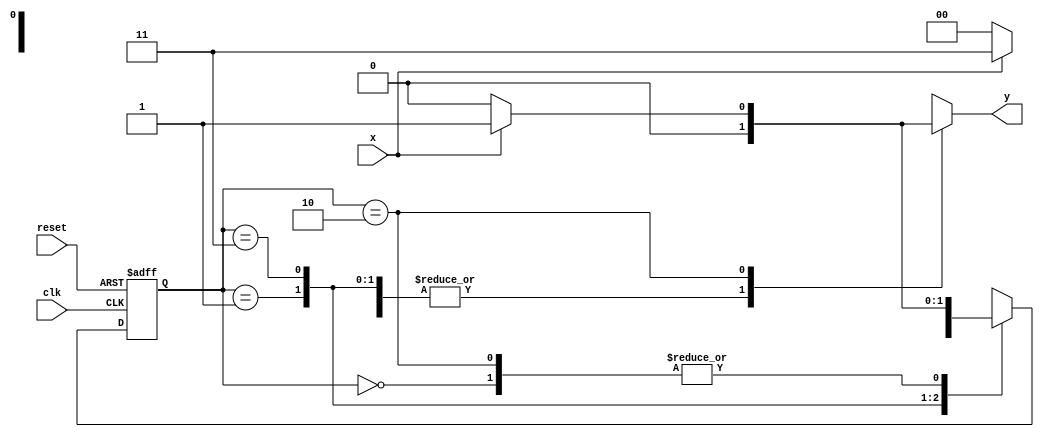
// ------------------------------------
// ------------------------------------
// Nome:Jnatas Sena Ferreira - Matricula : 427424
// Mealy1101
// -------------------------------------

// -------------- 
// --- Mealy FSM 
// --------------
 
/* 
              Mealy FSM Diagram 
             __________________ 
            /                  \ 
         1 v      1        0  1 | // found 
 [start] ---> [id1] ---> [id11] ---> [id110] 
  ^ \0        0 |       1 / ^           0 | // not found 
  \_/          /         \__/             | 
    \_________/                            / 
     \                                  / 
      \________________________________/ 

*/ 

// constant definitions 
`define found 1 
`define notfound 0 

// FSM by Mealy 
module mealy1101 ( y, x, clk, reset ); 
output y; 
input x; 
input clk; 
input reset; 

reg y; 

parameter // state identifiers 
start = 2'b00, 
id1 = 2'b01, 
id11 = 2'b11, 
id110 = 2'b10; 

reg [1:0] E1; // current state variables 
reg [1:0] E2; // next state logic output 

// next state logic 
always @( x or E1 ) 
begin 
y = `notfound; 
case ( E1 ) 
start: 
if ( x ) 
E2 = id1; 
else 
E2 = start; 
id1: 
if ( x ) 
E2 = id11; 
else 
E2 = start; 
id11: 
if ( x ) 
E2 = id11; 
else 
E2 = id110; 
id110: 
if ( x ) 
begin 
E2 = id1; 
y = `found; 
end 
else 
begin 
E2 = start; 
y = `notfound; 
end 
default: // undefined state 
E2 = 2'bxx; 
endcase 
end // always at signal or state changing 

// state variables 
always @( posedge clk or negedge reset ) 
begin 
if ( reset ) 
E1 = E2; // updates current state 
else 
E1 = 0; // reset 
end // always at signal changing 

endmodule // mealy1101